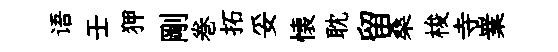
语壬狎剛巻拓妥懐耽留桑梭寺嶪